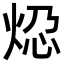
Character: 𬊆